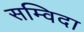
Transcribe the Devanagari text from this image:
सम्विदा